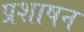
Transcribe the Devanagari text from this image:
प्रशाषन